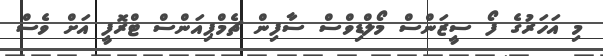
މި އަހަރުގެ ފޯ ސީޒަންސް މޯލްޑިވްސް ސާފިން ޗެމްޕިއަންސް ޓްރޮފީ އަށް ވެސް